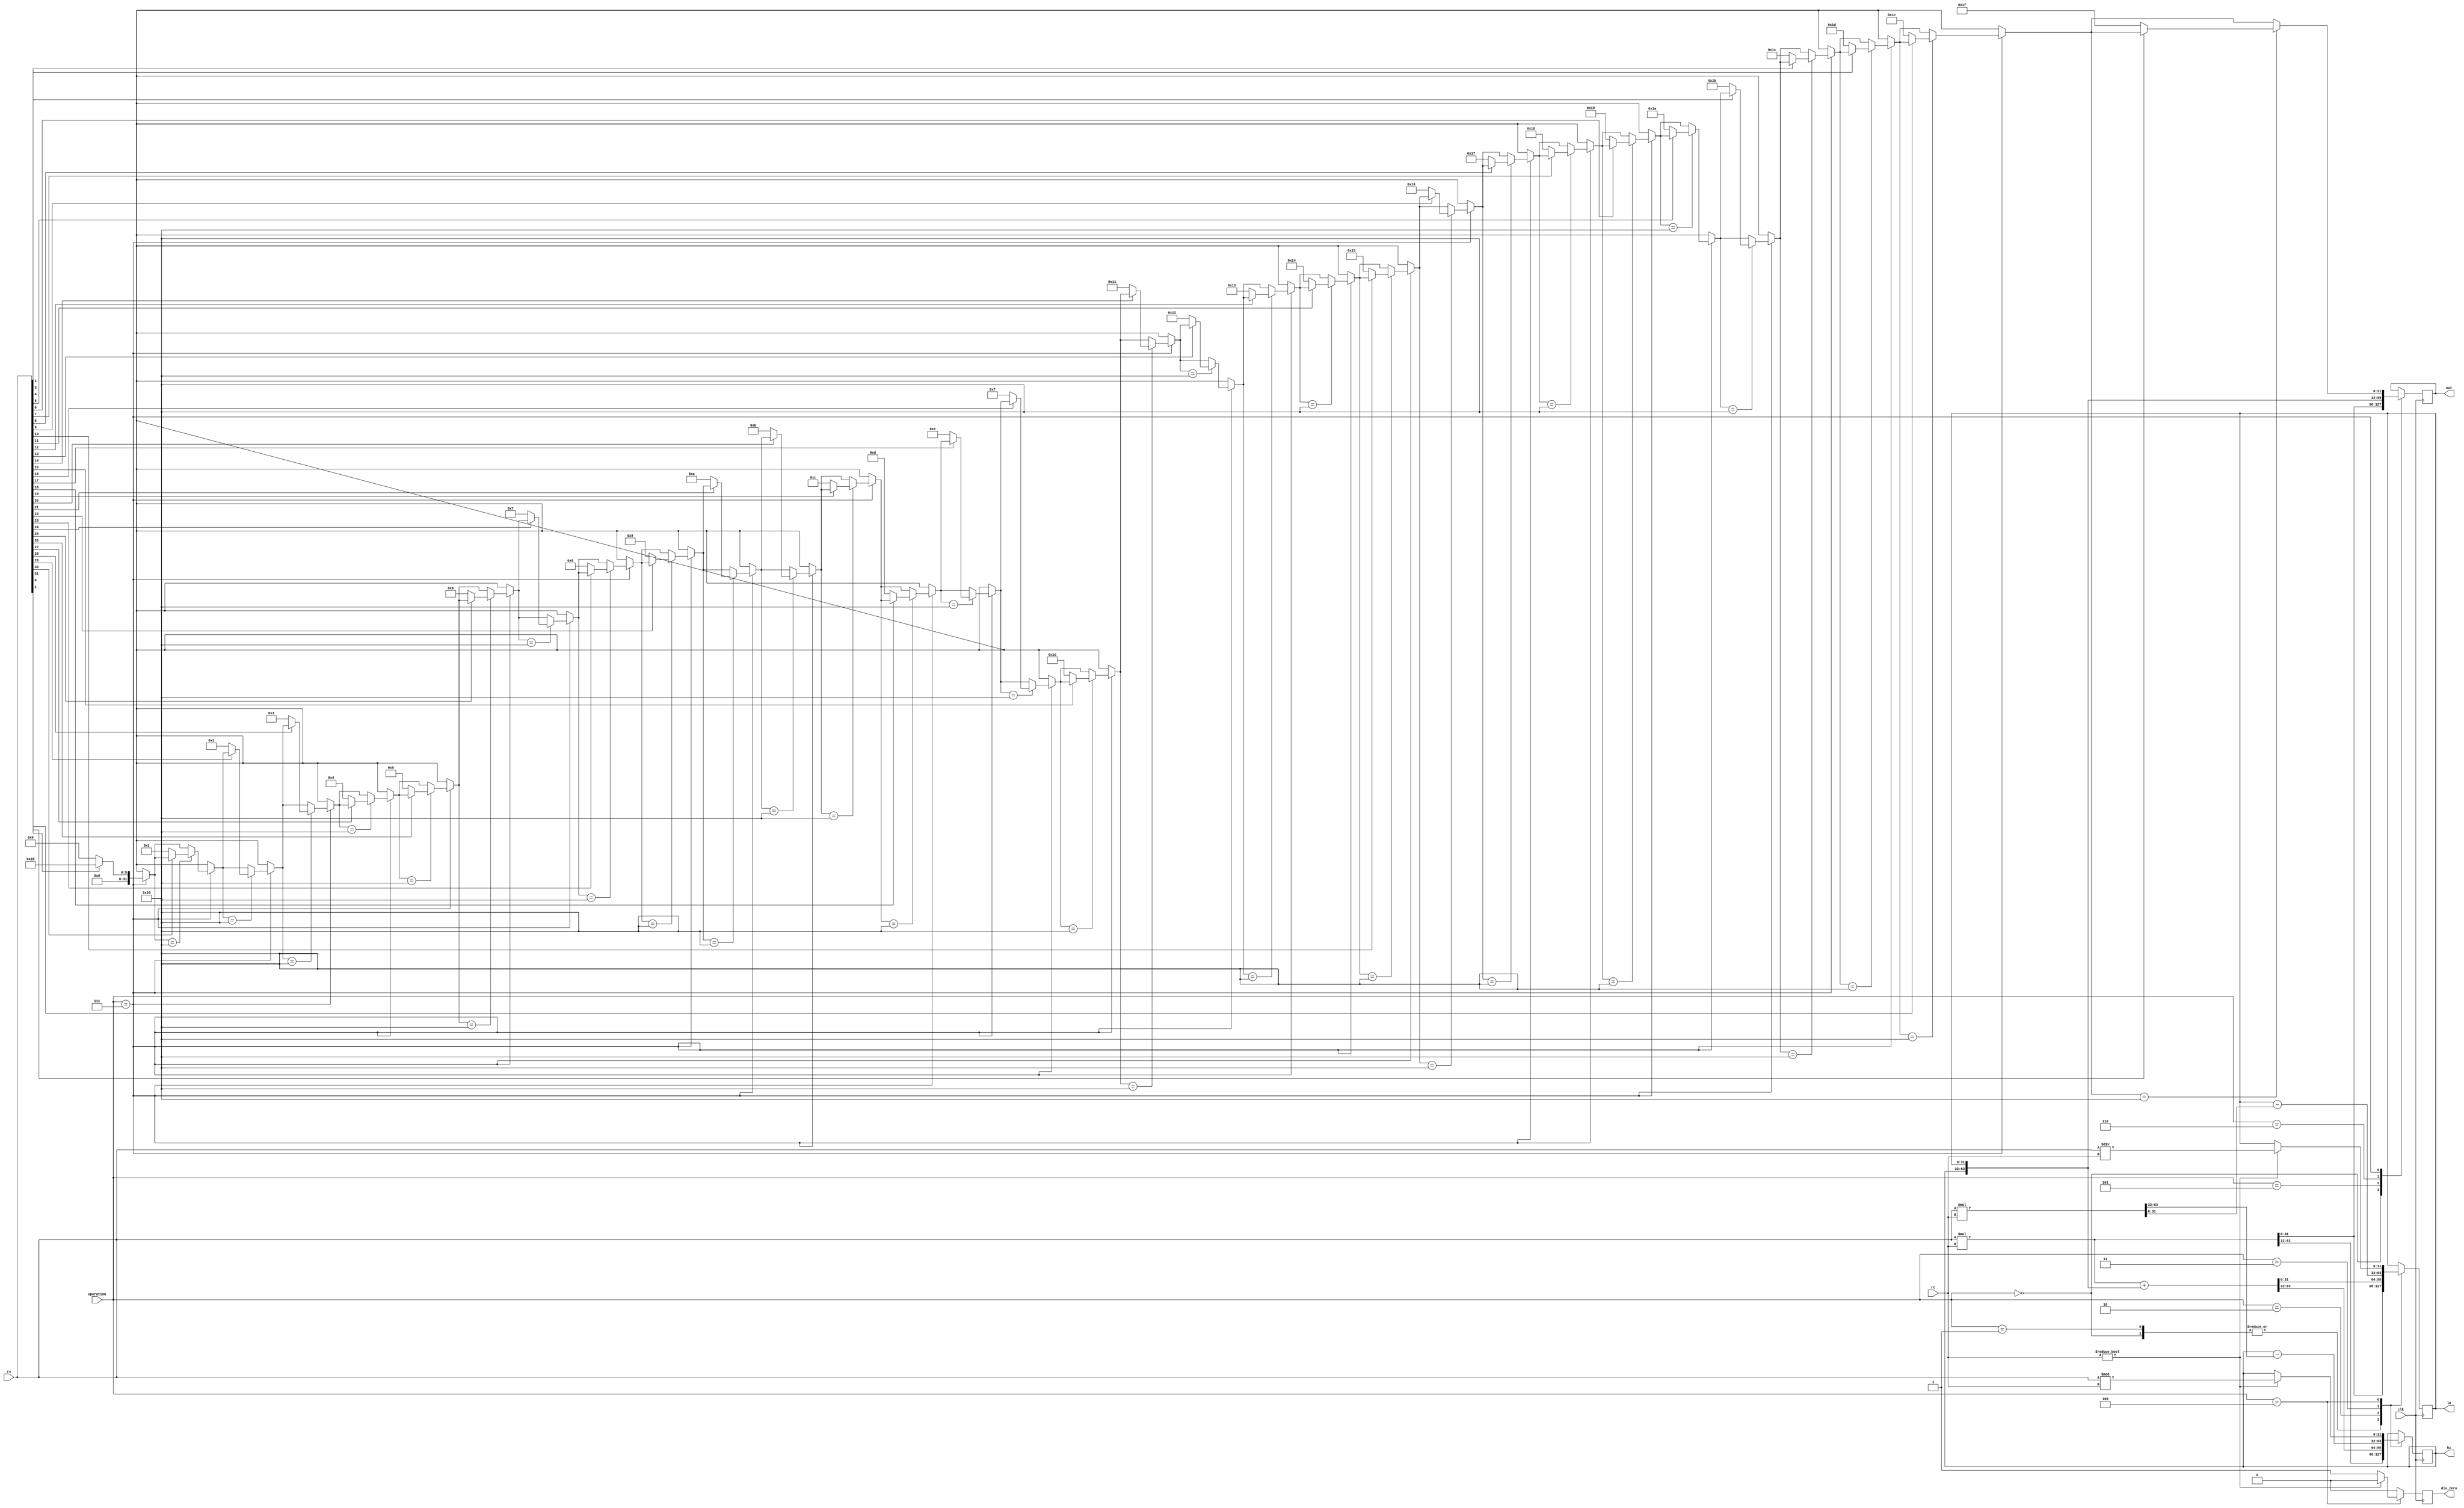
/* Unidade multiplicadora (MUU - MUltiplication Unit):
 *	Realiza operacoes relacionadas a multiplicacao e divisao. Guarda os
 * resultados nos registradores 'hi' e 'lo', que devem ser resgatados posterior-
 * mente, dependendo da operacao.
 */
/*----------------------------------------------------------------------------*/
module muu (
	input clk,					// Clock
	input [31:0] rs, rt,		// Operandos
	input [3:0] operation,	// Operacao - pode ser reduzido p/ 3 bits,
									// deixando 4 para eventual expansao
	output reg div_zero,		// Indica divisao por zero
	output reg [31:0] out,	// Saida dos dados
	output reg [31:0] hi, lo // Expoe os valores de hi e lo p/ apresentar&debugar
	);
	
	reg [63:0] result;
	
	
	initial begin
		hi <= 0;
		lo <= 0;
		out <= 0;
		div_zero <= 0;
	
	end
	
	always @(posedge clk) begin: update
		integer temp, i;
		temp = 32;
		div_zero <= 0;
		
		case(operation)
			4'b0000: begin	// MUL
				result = $signed(rs) * $signed(rt);
				out <= result[31:0];
				hi <= result[63:32];
				lo <= result[31:0];
			end
			
			4'b0001: begin	// MULT
				result = $signed(rs) * $signed(rt);
				hi <= result[63:32];
				lo <= result[31:0];
			end
			
			4'b0010: begin	// MADD
				result = $signed(rs) * $signed(rt);
				result = result + {hi, lo};
				
				hi <= result[63:32];
				lo <= result[31:0];
			end
			
			4'b0011: begin	// MSUBU: multip., neste caso, desconsidera sinal
				result = rs * rt;
				hi <= hi - result[63:32];
				lo <= lo - result[31:0];
			end
			
			4'b0100: begin // DIV
				if (rt != 0) begin
					lo <= $signed(rs) / $signed(rt);
					hi <= $signed(rs) % $signed(rt);
				end
				
				else
					div_zero <= 1'b1;
			end
			
			4'b0101:	// MFHI
				out <= hi;
			
			4'b0110:	// MFLO
				out <= lo;
				
			4'b0111: begin	// CLO
			
				for(i = 31; i >= 0; i = i - 1) begin
					if (temp == 32) begin
						if (rs[i] == 0) begin
							temp = 31 - i;
						end
					end					
				end			
				out <= temp;
			end
			
			default:	// NO OP
				;
		endcase
	end
	
endmodule